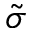
\tilde { \sigma }